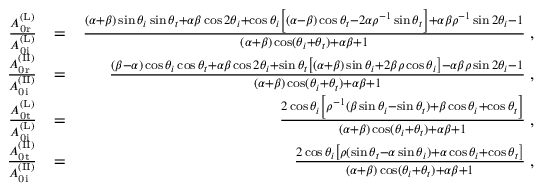
\begin{array} { r l r } { \frac { A _ { \mathrm { 0 r } } ^ { \mathrm { ( L ) } } } { A _ { \mathrm { 0 i } } ^ { \mathrm { ( L ) } } } } & { = } & { \frac { ( \alpha + \beta ) \sin \theta _ { i } \sin \theta _ { t } + \alpha \beta \cos 2 \theta _ { i } + \cos \theta _ { i } \left[ ( \alpha - \beta ) \cos \theta _ { t } - 2 \alpha \rho ^ { - 1 } \sin \theta _ { t } \right] + \alpha \beta \rho ^ { - 1 } \sin 2 \theta _ { i } - 1 } { ( \alpha + \beta ) \cos ( \theta _ { i } + \theta _ { t } ) + \alpha \beta + 1 } \; , } \\ { \frac { A _ { \mathrm { 0 r } } ^ { \mathrm { ( I I ) } } } { A _ { \mathrm { 0 i } } ^ { \mathrm { ( I I ) } } } } & { = } & { \frac { ( \beta - \alpha ) \cos \theta _ { i } \cos \theta _ { t } + \alpha \beta \cos 2 \theta _ { i } + \sin \theta _ { t } \left[ ( \alpha + \beta ) \sin \theta _ { i } + 2 \beta \rho \cos \theta _ { i } \right] - \alpha \beta \rho \sin 2 \theta _ { i } - 1 } { ( \alpha + \beta ) \cos ( \theta _ { i } + \theta _ { t } ) + \alpha \beta + 1 } \; , } \\ { \frac { A _ { \mathrm { 0 t } } ^ { \mathrm { ( L ) } } } { A _ { \mathrm { 0 i } } ^ { \mathrm { ( L ) } } } } & { = } & { \frac { 2 \cos \theta _ { i } \left[ \rho ^ { - 1 } ( \beta \sin \theta _ { i } - \sin \theta _ { t } ) + \beta \cos \theta _ { i } + \cos \theta _ { t } \right] } { ( \alpha + \beta ) \cos ( \theta _ { i } + \theta _ { t } ) + \alpha \beta + 1 } \; , } \\ { \frac { A _ { \mathrm { 0 t } } ^ { \mathrm { ( I I ) } } } { A _ { \mathrm { 0 i } } ^ { \mathrm { ( I I ) } } } } & { = } & { \frac { 2 \cos \theta _ { i } \left[ \rho ( \sin \theta _ { t } - \alpha \sin \theta _ { i } ) + \alpha \cos \theta _ { i } + \cos \theta _ { t } \right] } { ( \alpha + \beta ) \cos ( \theta _ { i } + \theta _ { t } ) + \alpha \beta + 1 } \; , } \end{array}